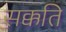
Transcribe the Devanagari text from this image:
सक्कति